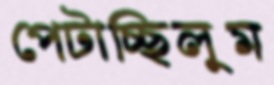
পেটাচ্ছিলুম